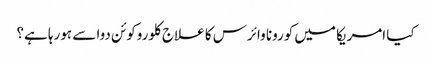
کیا امریکا میں کورونا وائرس کا علاج کلوروکوئن دوا سے ہورہا ہے؟